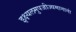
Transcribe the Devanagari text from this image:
इक्ष्यलमुपजीज्यमानानां